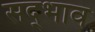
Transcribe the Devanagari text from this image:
सद्‍भाव